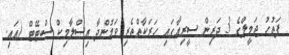
ފަތުހު ޖަމީލްގެ 3 ދަރިން ސީރިއާގައި ހަރަކާތްތެރި ވަމުންދާ އިސްލާމިކް ސްޓޭޓް (އައި.